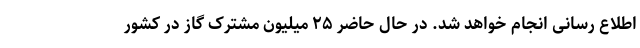
اطلاع رسانی انجام خواهد شد. در حال حاضر ۲۵ میلیون مشترک گاز در کشور